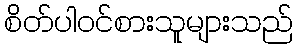
စိတ်ပါဝင်စားသူများသည်